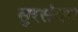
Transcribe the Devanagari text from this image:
सुरसंगम